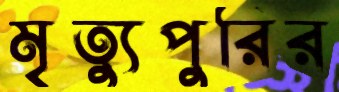
মৃত্যুপুরির